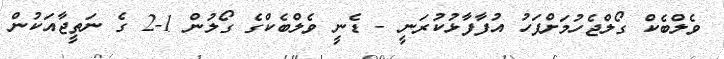
ވެލްބެކް ގޯލްޖެހުމަށްފަހު އުފާފާޅުކުރަނީ - ޑެނީ ވެލްބެކްގެ ގޯލުން 1-2 ގެ ނަތީޖާއަކުން